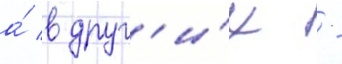
а́ в друг'и́х -